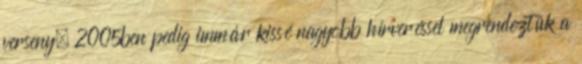
verseny. 2005ben pedig immár kissé nagyobb hírveréssel megrendeztük a